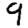
Digit: 9